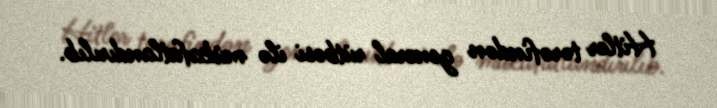
Hitler tərəfindən general rütbəsi ilə mükafatlandırılıb.